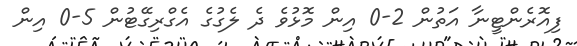
ފިއޮރެންޓީނާ އަތުން 2-0 އިން މޮޅުވެ ދެ ލެގުގެ އެގްރިގޭޓުން 5-0 އިން